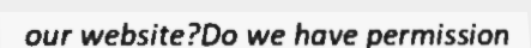
our website?Do we have permission